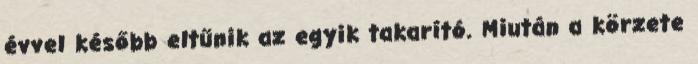
évvel később eltűnik az egyik takarító. Miután a körzete